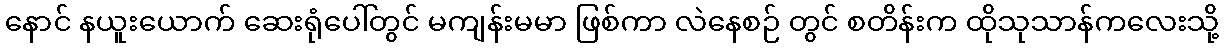
နောင် နယူးယောက် ဆေးရုံပေါ်တွင် မကျန်းမမာ ဖြစ်ကာ လဲနေစဉ် တွင် စတိန်းက ထိုသုသာန်ကလေးသို့